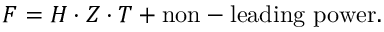
F = H \cdot Z \cdot T + \mathrm { n o n - l e a d i n g ~ p o w e r } .